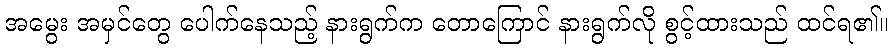
အမွေး အမှင်တွေ ပေါက်နေသည့် နားရွက်က တောကြောင် နားရွက်လို စွင့်ထားသည် ထင်ရ၏။